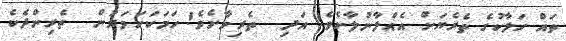
ތައް ހަލާކުގެ ތެރެޔަށް އެއްލާނުލާށެވެ! އަދި  ތެރިވާށެވެ! ހަމަކަށަވަރުން  ތެރިންދެކެ